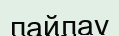
пайлау